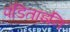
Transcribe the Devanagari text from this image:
पंडिताइनि